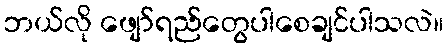
ဘယ်လို ဖျော်ရည်တွေပါစေချင်ပါသလဲ။